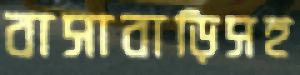
বাসাবাড়িসহ